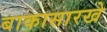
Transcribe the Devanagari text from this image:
बाकासारखे